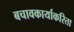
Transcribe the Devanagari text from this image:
बचावकार्याकरिता